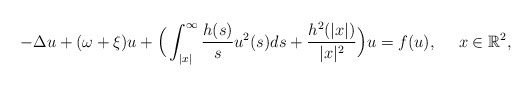
\begin{align*}-\Delta u+(\omega+\xi)u+\Big(\int_{|x|}^{\infty}\frac{h(s)}{s}u^{2}(s)ds+\frac{h^{2}(|x|)}{|x|^{2}}\Big)u=f(u),\ \ \ \ x\in\mathbb{R}^{2},\end{align*}